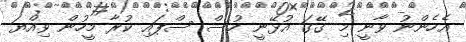
އެހެންނު ވާނީ މި ގޭގަ އުޅޭނީ ހުސް ސްޕައި ކުރާ މީހުން ވިއްޔަ